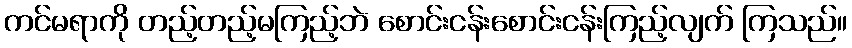
ကင်မရာကို တည့်တည့်မကြည့်ဘဲ စောင်းငန်းစောင်းငန်းကြည့်လျက် ကြသည်။